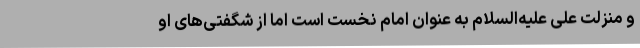
و منزلت علی علیه‌السلام به عنوان امامِ نخست است اما از شگفتی‌های او